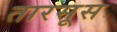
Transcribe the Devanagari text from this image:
तारसूस